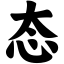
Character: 态